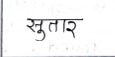
मजकूर: सुतार